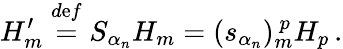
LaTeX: H_{m}^{\prime}\stackrel{d\mathrm{e}f}{=}S_{\alpha_{n}}H_{m}=(s_{\alpha_{n}})_{m}^{~p}H_{p}\, .